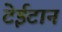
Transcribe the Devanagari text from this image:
टेईटान